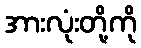
အားလုံးတို့ကို